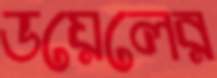
ডয়েলের